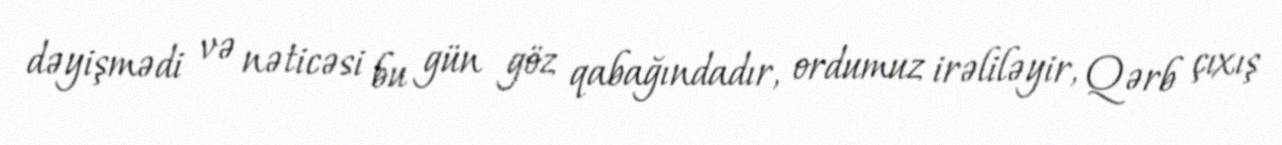
dəyişmədi və nəticəsi bu gün göz qabağındadır, ordumuz irəliləyir, Qərb çıxış